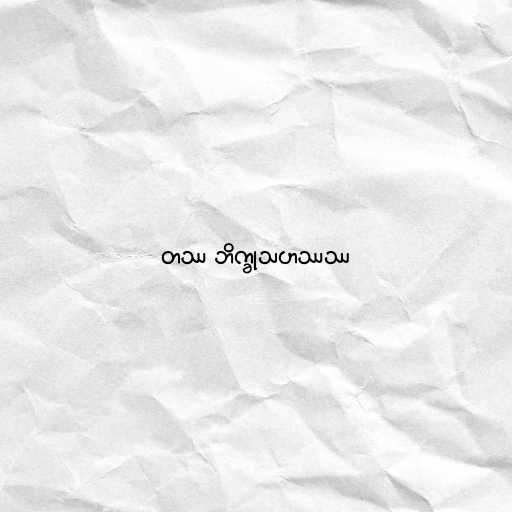
တဿ ဘိက္ခုသဟဿဿ